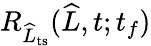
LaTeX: R_{\widehat{L}_{\mathrm{ts}}}(\widehat{L},t;t_{f})